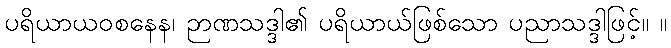
ပရိယာယဝစနေန၊ ဉာဏသဒ္ဒါ၏ ပရိယာယ်ဖြစ်သော ပညာသဒ္ဒါဖြင့်။ ။